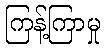
ကြန့်ကြာမှု